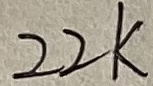
Text: 22K